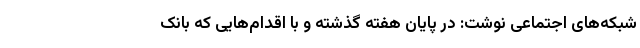
شبکه‌های اجتماعی نوشت: در پایان هفته گذشته و با اقدام‌هایی که بانک